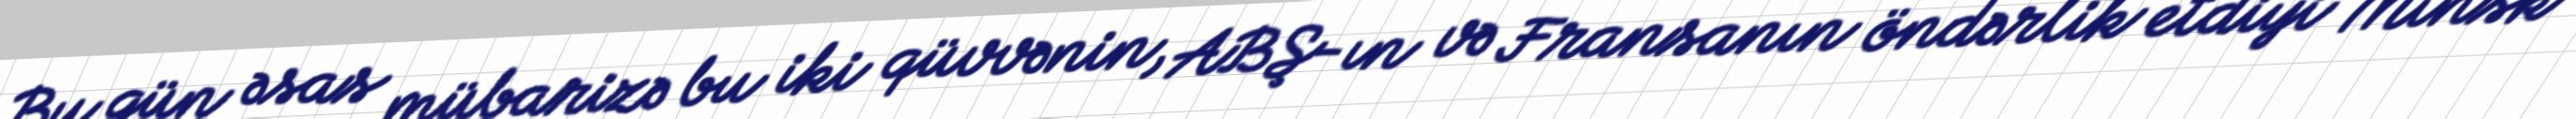
Bu gün əsas mübarizə bu iki qüvvənin, ABŞ-ın və Fransanın öndərlik etdiyi Minsk